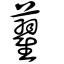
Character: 藋